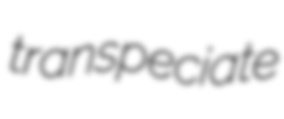
transpeciate